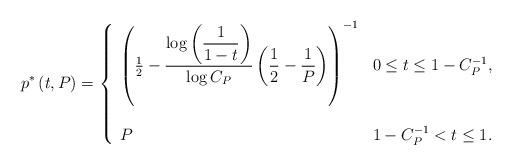
LaTeX: \begin{align*}p^{\ast}\left( t,P\right) =\left\{\begin{array}[c]{ll}\left( \frac{1}{2}-\dfrac{\log\left( \dfrac{1}{1-t}\right) }{\log C_{P}}\left( \dfrac{1}{2}-\dfrac{1}{P}\right) \right) ^{-1} & 0\leq t\leq1-C_{P}^{-1},\\& \quad\\P & 1-C_{P}^{-1}<t\leq1.\end{array}\right. \end{align*}